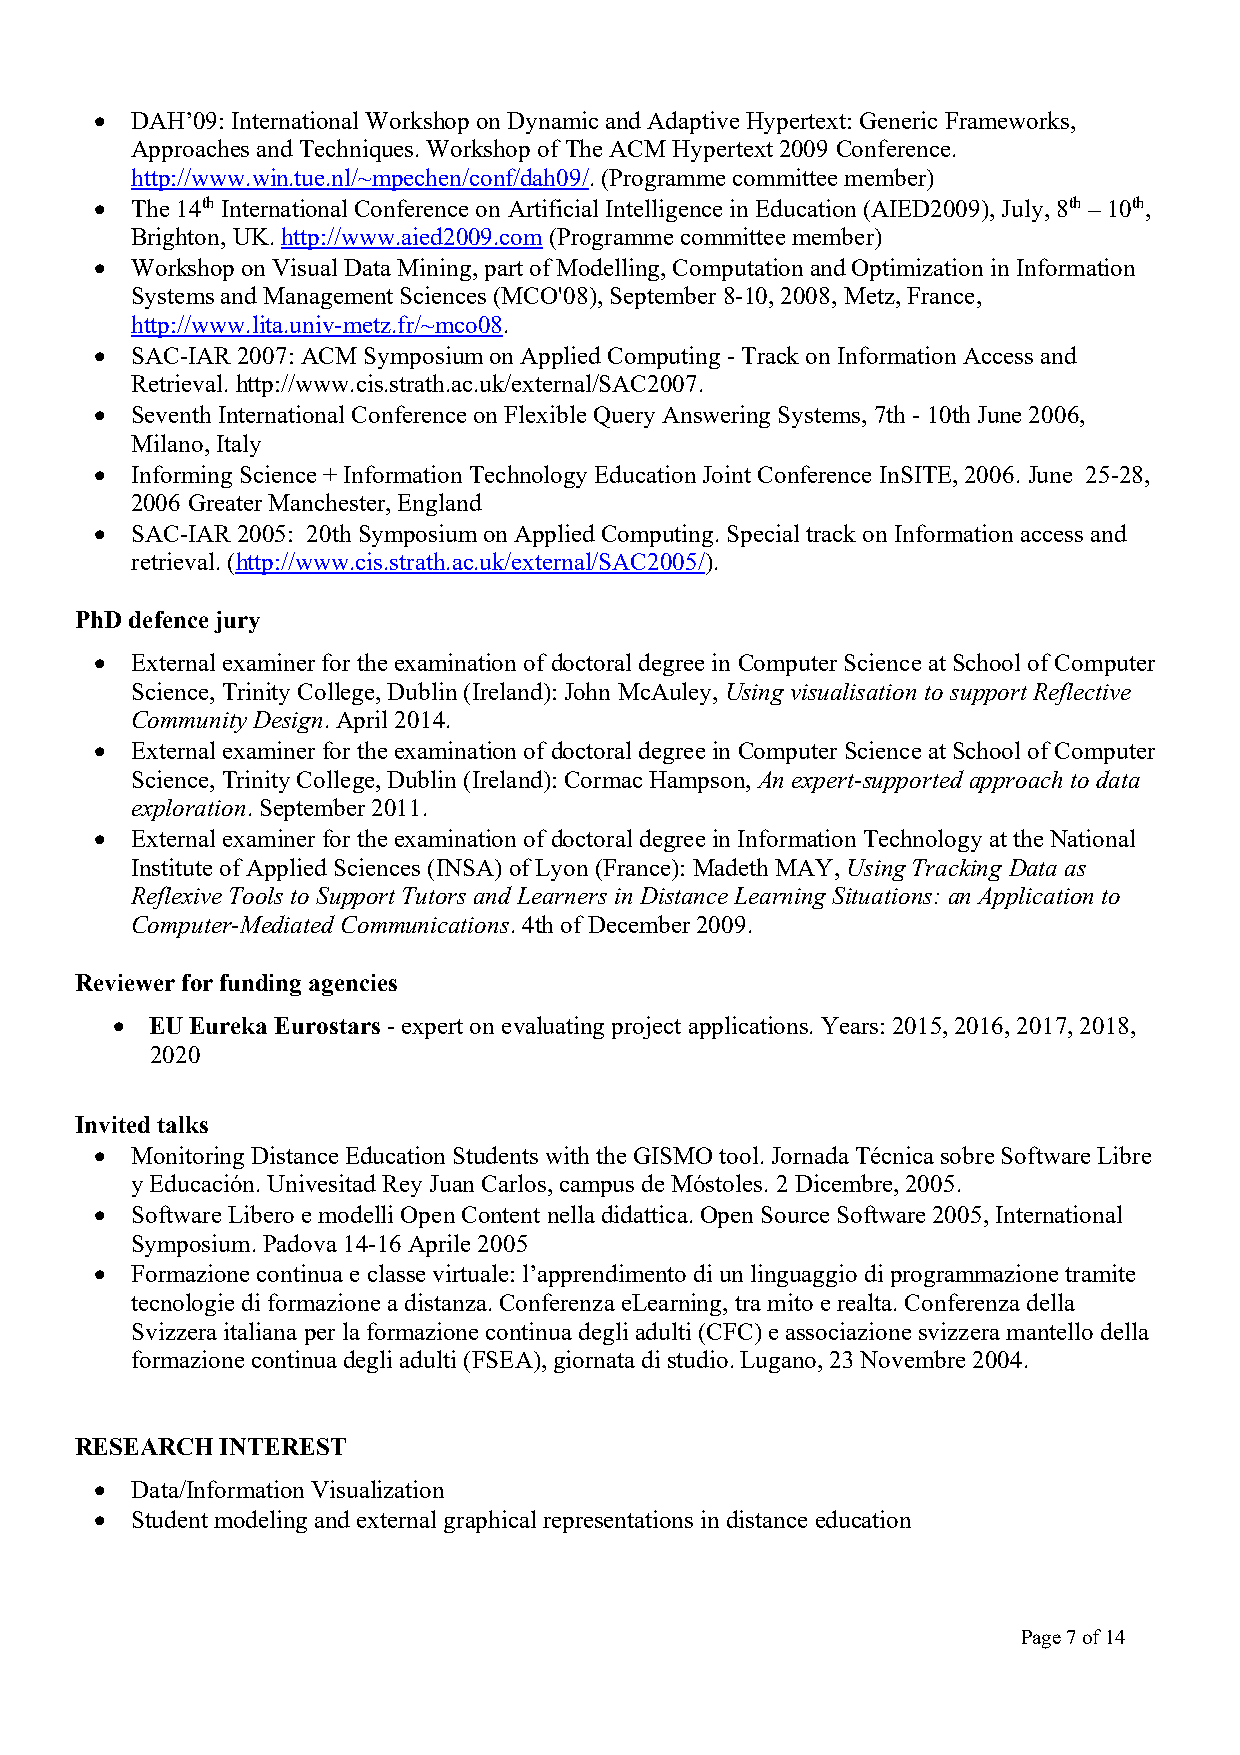
•  DAH’09: International Workshop on Dynamic and Adaptive Hypertext: Generic Frameworks,
 Approaches and Techniques. Workshop of The ACM Hypertext 2009 Conference.
 http://www.win.tue.nl/~mpechen/conf/dah09/. (Programme committee member)
 •  The 14th International Conference on Artificial Intelligence in Education (AIED2009), July, 8th – 10th,
 Brighton, UK. http://www.aied2009.com (Programme committee member)
 •  Workshop on Visual Data Mining, part of Modelling, Computation and Optimization in Information
 Systems and Management Sciences (MCO'08), September 8-10, 2008, Metz, France,
 http://www.lita.univ-metz.fr/~mco08.
 •  SAC-IAR 2007: ACM Symposium on Applied Computing - Track on Information Access and
 Retrieval. http://www.cis.strath.ac.uk/external/SAC2007.
 •  Seventh International Conference on Flexible Query Answering Systems, 7th - 10th June 2006,
 Milano, Italy
 •  Informing Science + Information Technology Education Joint Conference InSITE, 2006. June 25-28,
 2006 Greater Manchester, England
 •  SAC-IAR 2005: 20th Symposium on Applied Computing. Special track on Information access and
 retrieval. (http://www.cis.strath.ac.uk/external/SAC2005/).
 PhD defence jury
 •  External examiner for the examination of doctoral degree in Computer Science at School of Computer
 Science, Trinity College, Dublin (Ireland): John McAuley, Using visualisation to support Reflective
 Community Design. April 2014.
 •  External examiner for the examination of doctoral degree in Computer Science at School of Computer
 Science, Trinity College, Dublin (Ireland): Cormac Hampson, An expert-supported approach to data
 exploration. September 2011.
 •  External examiner for the examination of doctoral degree in Information Technology at the National
 Institute of Applied Sciences (INSA) of Lyon (France): Madeth MAY, Using Tracking Data as
 Reflexive Tools to Support Tutors and Learners in Distance Learning Situations: an Application to
 Computer-Mediated Communications. 4th of December 2009.
 Reviewer for funding agencies
 •  EU Eureka Eurostars - expert on evaluating project applications. Years: 2015, 2016, 2017, 2018,
 2020
 Invited talks
 •  Monitoring Distance Education Students with the GISMO tool. Jornada Técnica sobre Software Libre
 y Educación. Univesitad Rey Juan Carlos, campus de Móstoles. 2 Dicembre, 2005.
 •  Software Libero e modelli Open Content nella didattica. Open Source Software 2005, International
 Symposium. Padova 14-16 Aprile 2005
 •  Formazione continua e classe virtuale: l’apprendimento di un linguaggio di programmazione tramite
 tecnologie di formazione a distanza. Conferenza eLearning, tra mito e realta. Conferenza della
 Svizzera italiana per la formazione continua degli adulti (CFC) e associazione svizzera mantello della
 formazione continua degli adulti (FSEA), giornata di studio. Lugano, 23 Novembre 2004.
 RESEARCH  INTEREST
 •  Data/Information Visualization
 •  Student modeling and external graphical representations in distance education
 Page 7 of 14